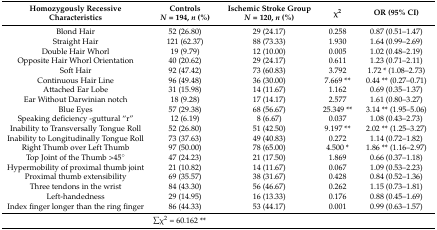
<table><thead><tr><td><b>Homozygously Recessive Characteristics</b></td><td><b>Controls<i>N</i> = 194, <i>n</i> (%)</b></td><td><b>Ischemic Stroke Group<i>N</i> = 120, <i>n</i> (%)</b></td><td><b>χ<sup>2</sup></b></td><td><b>OR (95% CI)</b></td></tr></thead><tbody><tr><td>Blond Hair</td><td>52 (26.80)</td><td>29 (24.17)</td><td>0.258</td><td>0.87 (0.51–1.47)</td></tr><tr><td>Straight Hair</td><td>121 (62.37)</td><td>88 (73.33)</td><td>1.930</td><td>1.64 (0.99–2.69)</td></tr><tr><td>Double Hair Whorl</td><td>19 (9.79)</td><td>12 (10.00)</td><td>0.005</td><td>1.02 (0.48–2.19)</td></tr><tr><td>Opposite Hair Whorl Orientation</td><td>40 (20.62)</td><td>29 (24.17)</td><td>0.611</td><td>1.23 (0.71–2.11)</td></tr><tr><td>Soft Hair</td><td>92 (47.42)</td><td>73 (60.83)</td><td>3.792</td><td>1.72 * (1.08–2.73)</td></tr><tr><td>Continuous Hair Line</td><td>96 (49.48)</td><td>36 (30.00)</td><td>7.669 **</td><td>0.44 ** (0.27–0.71)</td></tr><tr><td>Attached Ear Lobe</td><td>31 (15.98)</td><td>14 (11.67)</td><td>1.162</td><td>0.69 (0.35–1.37)</td></tr><tr><td>Ear Without Darwinian notch</td><td>18 (9.28)</td><td>17 (14.17)</td><td>2.577</td><td>1.61 (0.80–3.27)</td></tr><tr><td>Blue Eyes</td><td>57 (29.38)</td><td>68 (56.67)</td><td>25.349 **</td><td>3.14 ** (1.95–5.06)</td></tr><tr><td>Speaking deficiency -guttural “r”</td><td>12 (6.19)</td><td>8 (6.67)</td><td>0.037</td><td>1.08 (0.43–2.73)</td></tr><tr><td>Inability to Transversally Tongue Roll</td><td>52 (26.80)</td><td>51 (42.50)</td><td>9.197 **</td><td>2.02 ** (1.25–3.27)</td></tr><tr><td>Inability to Longitudinally Tongue Roll</td><td>73 (37.63)</td><td>49 (40.83)</td><td>0.272</td><td>1.14 (0.72–1.82)</td></tr><tr><td>Right Thumb over Left Thumb</td><td>97 (50.00)</td><td>78 (65.00)</td><td>4.500 *</td><td>1.86 ** (1.16–2.97)</td></tr><tr><td>Top Joint of the Thumb &gt;45°</td><td>47 (24.23)</td><td>21 (17.50)</td><td>1.869</td><td>0.66 (0.37–1.18)</td></tr><tr><td>Hypermobility of proximal thumb joint</td><td>21 (10.82)</td><td>14 (11.67)</td><td>0.067</td><td>1.09 (0.53–2.23)</td></tr><tr><td>Proximal thumb extensibility</td><td>69 (35.57)</td><td>38 (31.67)</td><td>0.428</td><td>0.84 (0.52–1.36)</td></tr><tr><td>Three tendons in the wrist</td><td>84 (43.30)</td><td>56 (46.67)</td><td>0.262</td><td>1.15 (0.73–1.81)</td></tr><tr><td>Left-handedness</td><td>29 (14.95)</td><td>16 (13.33)</td><td>0.176</td><td>0.88 (0.45–1.69)</td></tr><tr><td>Index finger longer than the ring finger</td><td>86 (44.33)</td><td>53 (44.17)</td><td>0.001</td><td>0.99 (0.63–1.57)</td></tr><tr><td colspan="4">∑χ<sup>2</sup> = 60.162 **</td><td></td></tr></tbody></table>